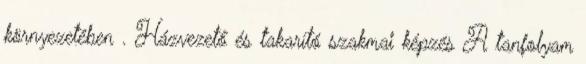
környezetében . Házvezető és takarító szakmai képzés A tanfolyam